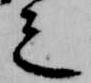
之